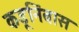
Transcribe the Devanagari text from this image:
कडूनिंबास